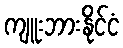
ကျူးဘားနိုင်ငံ